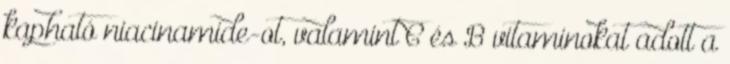
kapható niacinamide-ot, valamint C és B vitaminokat adott a